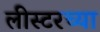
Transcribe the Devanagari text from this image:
लीस्टरच्या